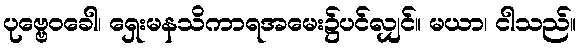
ပုဗ္ဗေဝခေါ၊ ရှေးမနသိကာရအမေး၌ပင်လျှင်။ မယာ၊ ငါသည်။